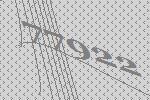
77922